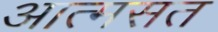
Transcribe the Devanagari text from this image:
आत्मसत